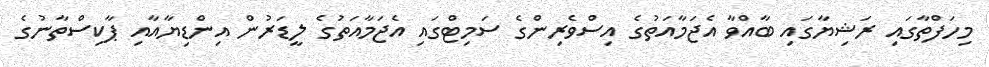
މިހަފްތާގައި ރަޝިޔާގައި ބާއްވާ އެޖަމާއަތުގެ އިސްވެރިންގެ ސަމިޓްގައި އެޖަމާއަތުގެ ލީޑަރުން އިންޑިޔާއާއި ޕާކިސްތާނުގެ